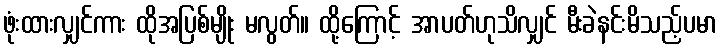
ဖုံးထားလျှင်ကား ထိုအပြစ်မျိုး မလွတ်။ ထို့ကြောင့် အာပတ်ဟုသိလျှင် မီးခဲနင်းမိသည့်ပမာ